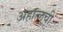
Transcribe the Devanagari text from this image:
अहात्लची